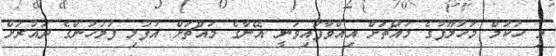
މި ހުކުމް މަހުލޫފުގެ މައްޗަށް އިއްވާފައިވަނީ އޭނާގެ މައްޗަށް އުފުލި ފުލުހުންގެ ދައުރަށް